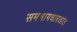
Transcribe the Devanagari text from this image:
समभागधारकांत